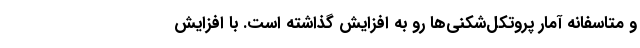
و متاسفانه آمار پروتکل‌شکنی‌ها رو به افزایش گذاشته است. با افزایش